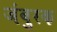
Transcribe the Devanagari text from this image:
जंबुरक